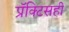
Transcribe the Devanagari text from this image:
प्रॅक्टिसही